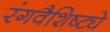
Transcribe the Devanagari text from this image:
रंगवैशिष्ट्ये